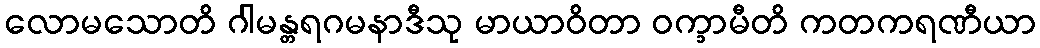
လောမသောတိ ဂါမန္တရဂမနာဒီသု မာယာဝိတာ ဝက္ခာမီတိ ကတကရဏီယာ